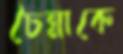
চৈন্নাকে